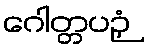
ဂေါတ္တပဉှံ